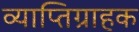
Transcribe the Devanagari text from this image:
व्याप्तिग्राहक